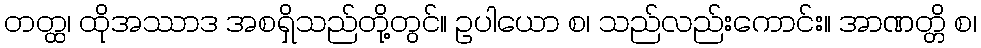
တတ္ထ၊ ထိုအဿာဒ အစရှိသည်တို့တွင်။ ဥပါယော စ၊ သည်လည်းကောင်း။ အာဏတ္တိ စ၊